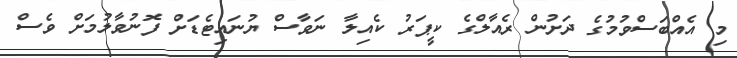
މި އެއްބަސްވުމުގެ ދަށުން ރެއާލްގެ ކީޕަރު ކެއިލާ ނަވާސް ޔުނައިޓެޑަށް ފޮނުވާލުމަށް ވެސް